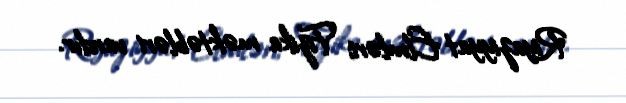
Riyaziyyat Elmləri; Fizika məktəbləri vardır.